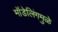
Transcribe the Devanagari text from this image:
मॉडेलिंगमुळे